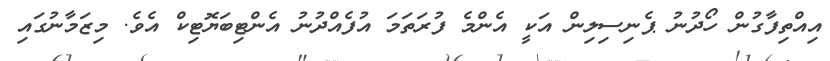
އިއްތިފާގުން ހޯދުނު ޕެނިސިލިން އަކީ އެންމެ ފުރަތަމަ އުފެއްދުނު އެންޓިބަޔޮޓިކް އެވެ. މިޒަމާނުގައި